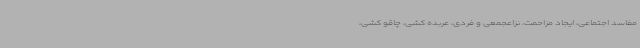
مفاسد اجتماعی، ایجاد مزاحمت، نزاعجمعی و فردی، عربده کشی، چاقو کشی،